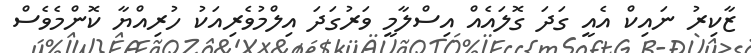
ޒާކިރު ނައިކް އެއީ ގަދަ ގޮލައެއް އިސްލާމީ ވަރުގަދަ އިލްމުވެރިއަކު ހުރިއްޔާ ކޮންމެވެސް